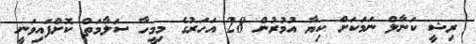
ރިޝީ ކަނާލް ނަމަކަށް ކިޔާ އުމުރުން 28 އަހަރުގެ މިމީހާ ސަލާމަތް ކޮށްފައިވަނީ